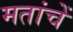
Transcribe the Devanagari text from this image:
मतांचें